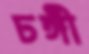
ঢঙ্গী